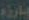
بارزه